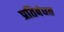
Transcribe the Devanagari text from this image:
प्रतिबंधत